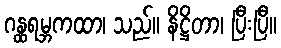
ဂန္ထရမ္ဘကထာ၊ သည်။ နိဋ္ဌိတာ၊ ပြီးပြီ။